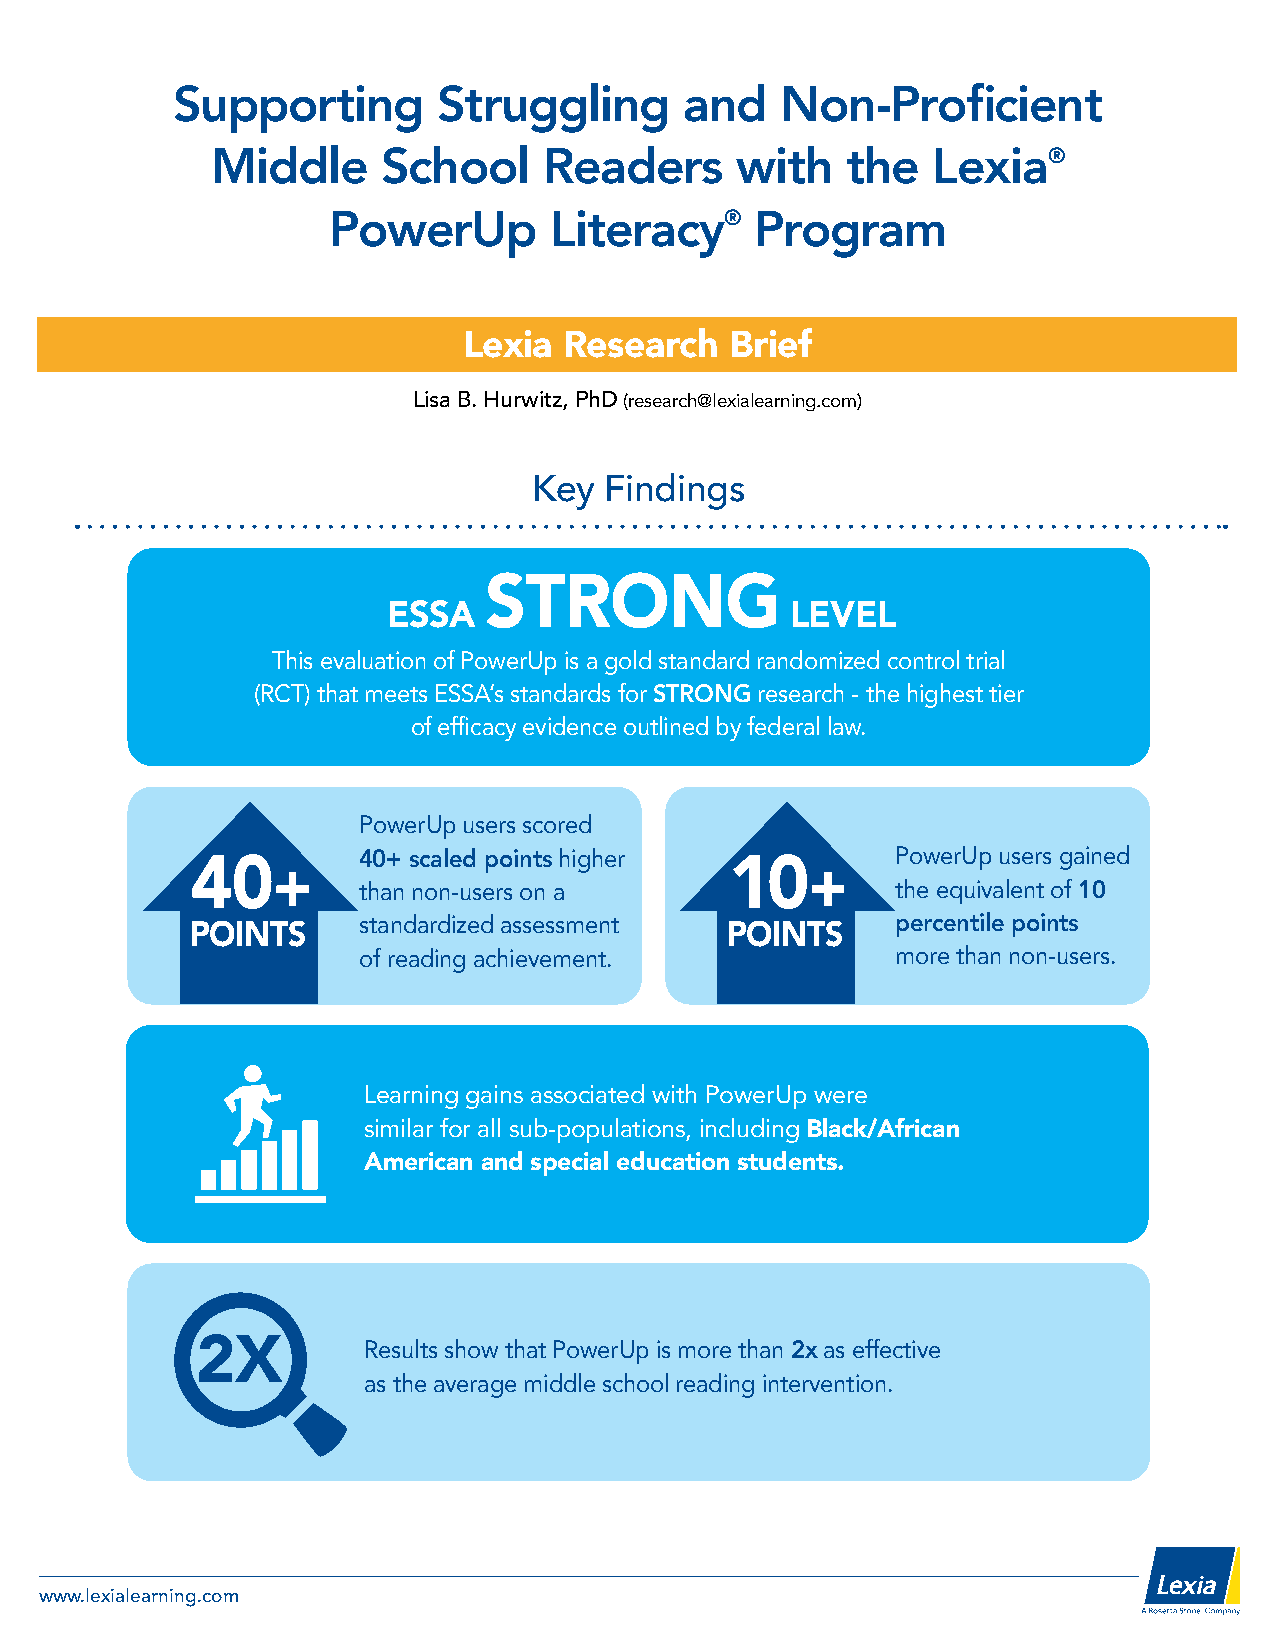
Supporting        Struggling      and    Non-Proficient
 Middle     School     Readers      with   the   Lexia®
 PowerUp       Literacy®     Program
 Lexia Research   Brief
 Lisa B. Hurwitz, PhD (research@lexialearning.com)
 Key  Findings
 STRONG
 ESSA                      LEVEL
 This evaluation of PowerUp is a gold standard randomized control trial
 (RCT) that meets ESSA’s standards for STRONG research - the highest tier
 of efficacy evidence outlined by federal law.
 PowerUp users scored
 40+ scaled points higher           PowerUp users gained
 40
 +
 10
 +
 than non-users on a                the equivalent of 10
 standardized assessment            percentile points
 POINTS                             POINTS
 of reading achievement.            more than non-users.
 Learning gains associated with PowerUp were
 similar for all sub-populations, including Black/African
 American and special education students.
 2X         Results show that PowerUp is more than 2x as effective
 as the average middle school reading intervention.
 www.lexialearning.com